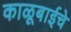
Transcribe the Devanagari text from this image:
काळूबाईचे